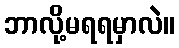
ဘာလို့မရရမှာလဲ။